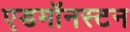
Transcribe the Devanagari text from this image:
एडमॉनस्टन